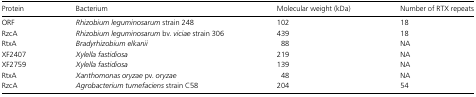
| Protein | Bacterium | Molecular weight (kDa) | Number of RTX repeats |
 | --- | --- | --- | --- |
 | ORF | Rhizobium leguminosarum strain 248 | 102 | 18 |
 | RzcA | Rhizobium leguminosarum bv. viciae strain 306 | 439 | 18 |
 | RtxA | Bradyrhizobium elkanii | 88 | NA |
 | XF2407 | Xylella fastidiosa | 219 | NA |
 | XF2759 | Xylella fastidiosa | 139 | NA |
 | RtxA | Xanthomonas oryzae pv. oryzae | 48 | NA |
 | RzcA | Agrobacterium tumefaciens strain C58 | 204 | 54 |